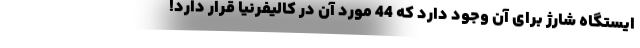
ایستگاه شارژ برای آن وجود دارد که 44 مورد آن در کالیفرنیا قرار دارد!